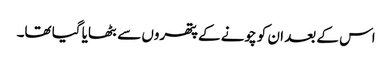
اس کے بعد ان کو چونے کے پتھروں سے بٹھایا گیا تھا۔